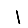
Digit: 1